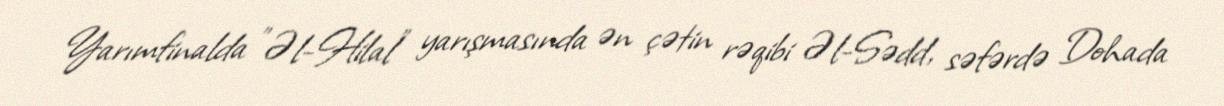
Yarımfinalda "Əl-Hilal" yarışmasında ən çətin rəqibi Əl-Sədd, səfərdə Dohada